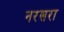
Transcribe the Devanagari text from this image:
नरसरा